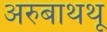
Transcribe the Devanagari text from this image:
अरुबाथथू